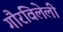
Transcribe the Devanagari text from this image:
गौरविलेली